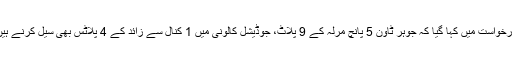
درخواست میں کہا گیا کہ جوہر ٹاون 5 پانچ مرلہ کے 9 پلاٹ، جوڈیشل کالونی میں 1 کنال سے زائد کے 4 پلاٹس بھی سیل کرنے ہیں۔